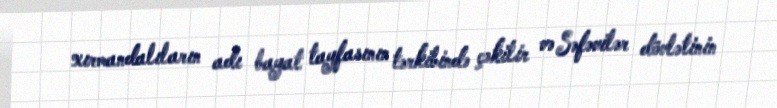
xırmandalıların adı bayat tayfasının tərkibində çəkilir və Səfəvilər dövlətinin